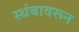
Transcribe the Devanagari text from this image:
स्थंबावरून